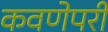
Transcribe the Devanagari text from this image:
कवणेपरी